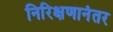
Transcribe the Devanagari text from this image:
निरिक्षणानंतर